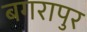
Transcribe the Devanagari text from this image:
बगरापुर